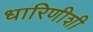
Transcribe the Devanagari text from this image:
धारिणीशी